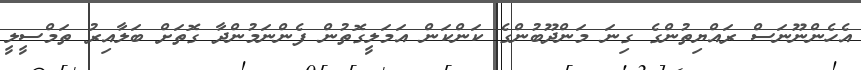
އެހެންނޫނަސް ރައްޔިތުންގެ ގިނަ މަންދޫބުންގެ ކަންކަން އަމަލީގޮތުން ފެންނަމުންދާ ގޮތަށް ބަލާއިރު ތަމްސީލީ